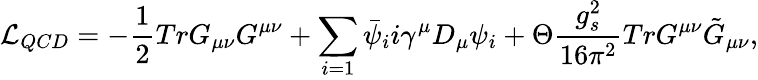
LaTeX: {\cal L}_{QCD}=-\frac{1}{2}TrG_{\mu\nu}G^{\mu\nu}+\sum_{i=1}\bar{\psi}_{i}i\gamma^{\mu}D_{\mu}\psi_{i}+\Theta\frac{g_{s}^{2}}{16\pi^{2}}TrG^{\mu\nu}\tilde{G}_{\mu\nu},